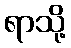
ရာသို့